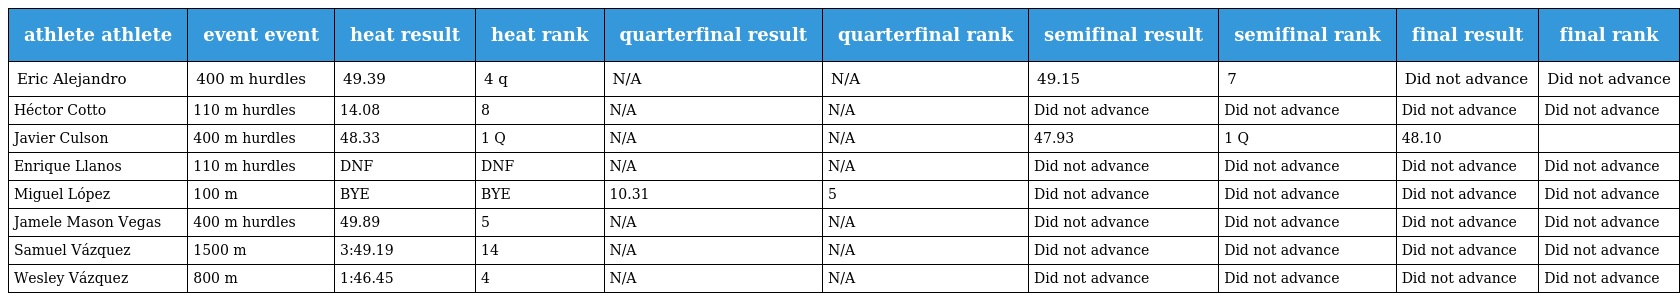
| athlete athlete | event event | heat result | heat rank | quarterfinal result | quarterfinal rank | semifinal result | semifinal rank | final result | final rank |
 | --- | --- | --- | --- | --- | --- | --- | --- | --- | --- |
 | Eric Alejandro | 400 m hurdles | 49.39 | 4 q | N/A | N/A | 49.15 | 7 | Did not advance | Did not advance |
 | Héctor Cotto | 110 m hurdles | 14.08 | 8 | N/A | N/A | Did not advance | Did not advance | Did not advance | Did not advance |
 | Javier Culson | 400 m hurdles | 48.33 | 1 Q | N/A | N/A | 47.93 | 1 Q | 48.10 |  |
 | Enrique Llanos | 110 m hurdles | DNF | DNF | N/A | N/A | Did not advance | Did not advance | Did not advance | Did not advance |
 | Miguel López | 100 m | BYE | BYE | 10.31 | 5 | Did not advance | Did not advance | Did not advance | Did not advance |
 | Jamele Mason Vegas | 400 m hurdles | 49.89 | 5 | N/A | N/A | Did not advance | Did not advance | Did not advance | Did not advance |
 | Samuel Vázquez | 1500 m | 3:49.19 | 14 | N/A | N/A | Did not advance | Did not advance | Did not advance | Did not advance |
 | Wesley Vázquez | 800 m | 1:46.45 | 4 | N/A | N/A | Did not advance | Did not advance | Did not advance | Did not advance |